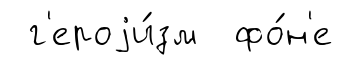
г'ероjи́зм фо́н'е